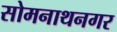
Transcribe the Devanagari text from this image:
सोमनाथनगर